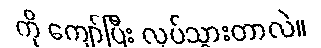
ကို ကျော်ပြီး လုပ်သွားတာလဲ။